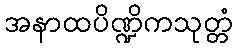
အနာထပိဏ္ဍိကသုတ္တံ